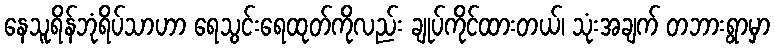
နေသူရိန်ဘုံရိပ်သာဟာ ရေသွင်းရေထုတ်ကိုလည်း ချုပ်ကိုင်ထားတယ်၊ သုံးအချက် တဘားရွာမှာ